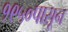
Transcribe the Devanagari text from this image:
१९५०पासून